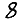
Digit: 8